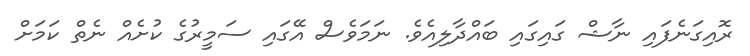
ރޮއިގަނެފައި ނާޝް ގައިގައި ބައްދާލިއެވެ. ނަމަވެސް އޭގައި ސަމީރުގެ ކުށެއް ނެތް ކަމަށް